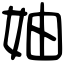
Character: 妯